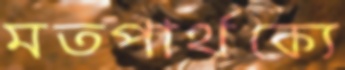
মতপার্থক্যে